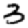
Digit: 3